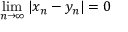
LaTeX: \operatorname* { l i m } _ { n \to \infty } | x _ { n } - y _ { n } | = 0